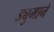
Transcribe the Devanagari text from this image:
ड्युमाने